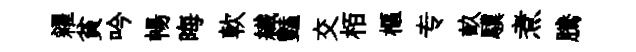
糴貧吟暢晦軟纎豔交栢樞专畝驥煮騰